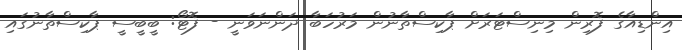
އިންޑިއާގެ ފޮރިން މިނިސްޓަރަށް ޕާކިސްތާނުން މަރުހަބާ ދަންނަވަނީ - ފޮޓޯ: ބީބީސީ ޕާކިސްތާނުގައި